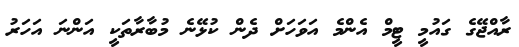
ރާއްޖޭގެ ގައުމީ ޓީމް އެންމެ އަވަހަށް ދެން ކުޅޭނެ މުބާރާތަކީ އަންނަ އަހަރު